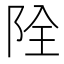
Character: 𨹑